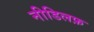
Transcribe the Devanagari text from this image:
नीडिलफ़